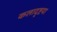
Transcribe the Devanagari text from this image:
कलादृष्टया